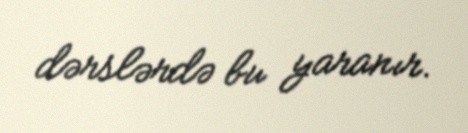
dərslərdə bu yaranır.